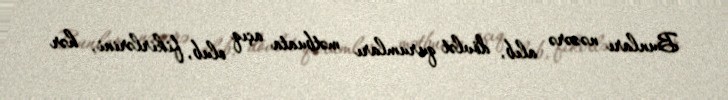
Bunları nəzərə alıb, dövlət qurumları mətbuata açıq olub, fikirlərini, hər